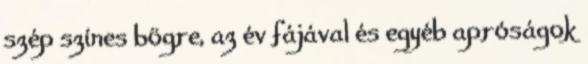
szép színes bögre, az év fájával és egyéb apróságok